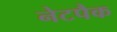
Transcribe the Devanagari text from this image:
नेटपैक